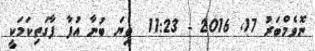
ނޮވެމްބަރު 17